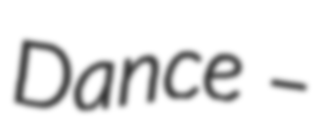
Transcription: Dance –